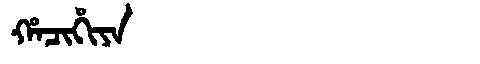
Manchu: ᡥᠠᠴᡳᡥᡳᠶᠠ
Romanization: HACIHIYA